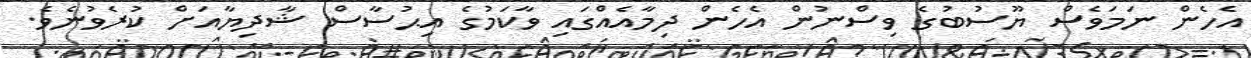
އެހެން ނަމަވެސް ޔޫސުބުގެ ވިސްނުން އެހެން ދިމާއެއްގައި ވާކަމުގެ އިޙުސާސް ޝާދިޔާއަށް ކުރެވުނެވެ.